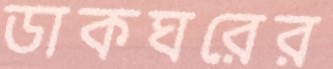
ডাকঘরের